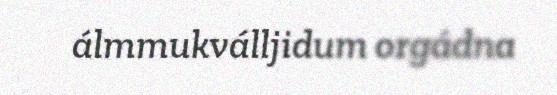
álmmukválljidum orgádna